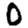
Digit: 0